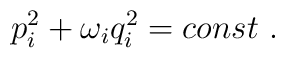
p_i^2+\omega_iq_i^2=const ~.